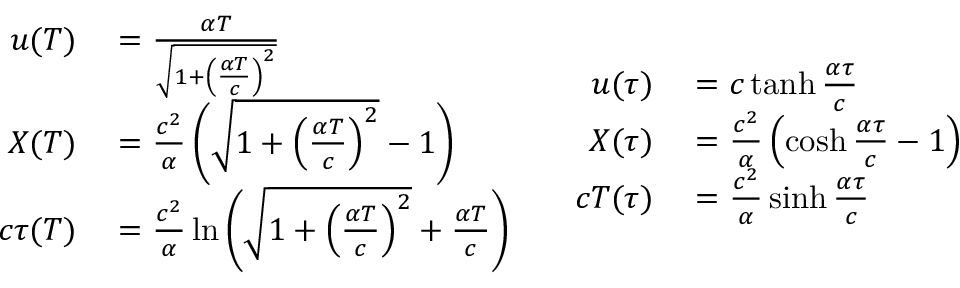
\begin{array} { c c } { { \begin{array} { r l } { u ( T ) } & { { } = { \frac { \alpha T } { \sqrt { 1 + \left( { \frac { \alpha T } { c } } \right) ^ { 2 } } } } } \\ { X ( T ) } & { { } = { \frac { c ^ { 2 } } { \alpha } } \left( { \sqrt { 1 + \left( { \frac { \alpha T } { c } } \right) ^ { 2 } } } - 1 \right) } \\ { c \tau ( T ) } & { { } = { \frac { c ^ { 2 } } { \alpha } } \ln \left( { \sqrt { 1 + \left( { \frac { \alpha T } { c } } \right) ^ { 2 } } } + { \frac { \alpha T } { c } } \right) } \end{array} } } & { { \begin{array} { r l } { u ( \tau ) } & { { } = c \operatorname { t a n h } { \frac { \alpha \tau } { c } } } \\ { X ( \tau ) } & { { } = { \frac { c ^ { 2 } } { \alpha } } \left( \cosh { \frac { \alpha \tau } { c } } - 1 \right) } \\ { c T ( \tau ) } & { { } = { \frac { c ^ { 2 } } { \alpha } } \sinh { \frac { \alpha \tau } { c } } } \end{array} } } \end{array}